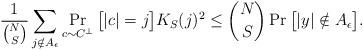
LaTeX: \begin{align*}\frac{1}{\binom{N}{S}}\sum_{j\notin A_\epsilon} \Pr_{c\sim C^\perp}\big[|c|=j\big] K_S(j)^2&\leq\binom{N}{S}\Pr\big[ |y|\notin A_\epsilon\big].\end{align*}